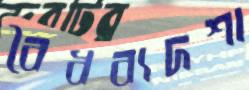
বৈধব্যদশা